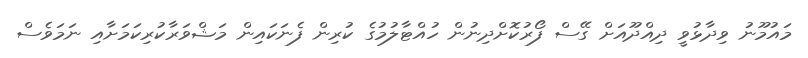
މައުމޫނު ވިދާޅުވީ ދިއްދޫއަށް ގޭސް ފޯރުކޮށްދިނުން ހުއްޓާލުމުގެ ކުރިން ފެނަކައިން މަޝްވަރާކުރިކަމަށާއި ނަމަވެސް